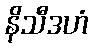
နိသီဒဟံ